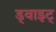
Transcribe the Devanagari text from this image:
ड्वाइट्